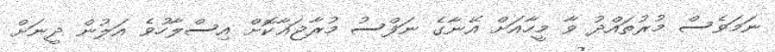
ނަމަވެސް މުރުތައްދު ވާ މީހާއަށް އޭނާގެ ނަފްސު މުރާޖަޢާކޮށް އިސްލާހުވެ އަލުން ދީނަށް